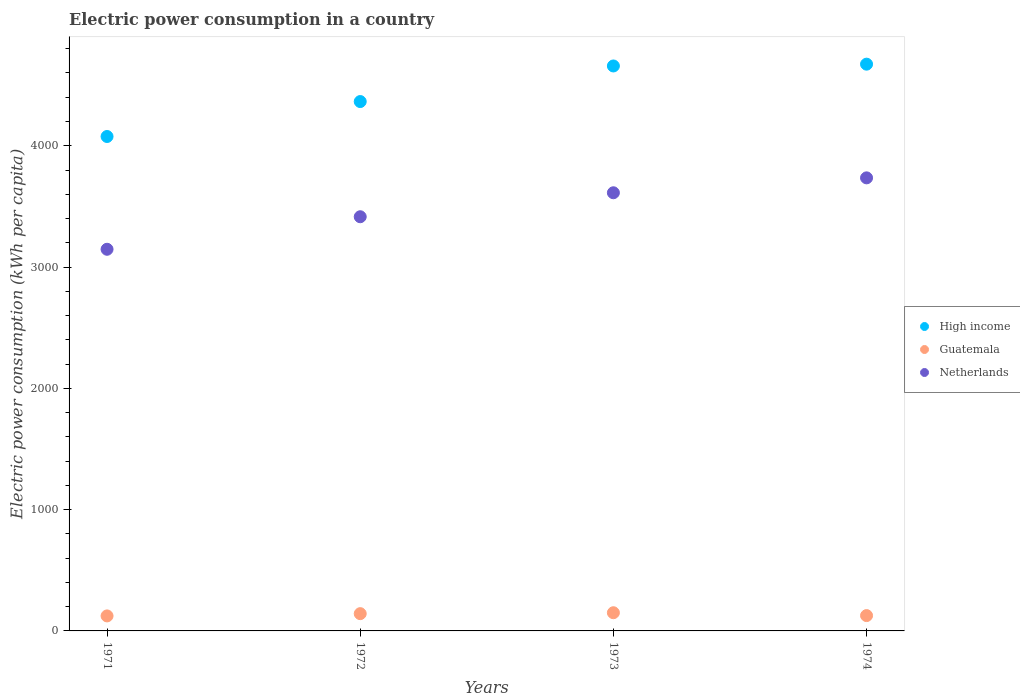
| Years | High income | Guatemala | Netherlands |
 | --- | --- | --- | --- |
 | 1971 | 4.08e+03 | 124 | 3.15e+03 |
 | 1972 | 4.36e+03 | 142 | 3.41e+03 |
 | 1973 | 4.66e+03 | 150 | 3.61e+03 |
 | 1974 | 4.67e+03 | 126 | 3.74e+03 |